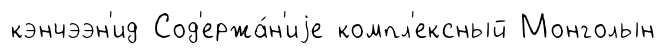
кэнчээн'ид Сод'ержа́н'иjе компл'ексный Монголын